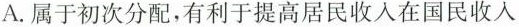
A.属于初次分配，有利于提高居民收入在国民收入